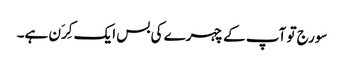
سورج تو آپ کے چہرے کی بس ایک کِرَن ہے۔